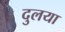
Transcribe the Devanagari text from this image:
दुलया